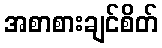
အစာစားချင်စိတ်